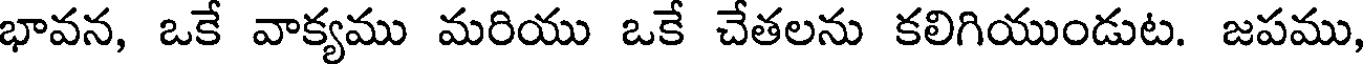
భావన, ఒకే వాక్యము మరియు ఒకే చేతలను కలిగియుండుట. జపము,